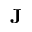
\mathbf { J }